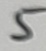
Text: 5